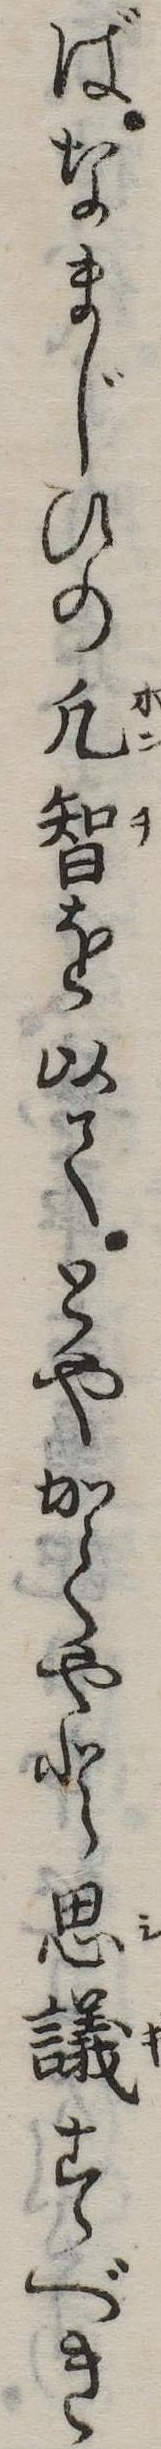
ばなまじひの凡智を以てとやかくやと思議すべき